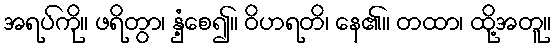
အရပ်ကို။ ဖရိတွာ၊ နှံ့စေ၍။ ဝိဟရတိ၊ နေ၏။ တထာ၊ ထို့အတူ။